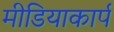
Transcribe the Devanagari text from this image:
मीडियाकार्प